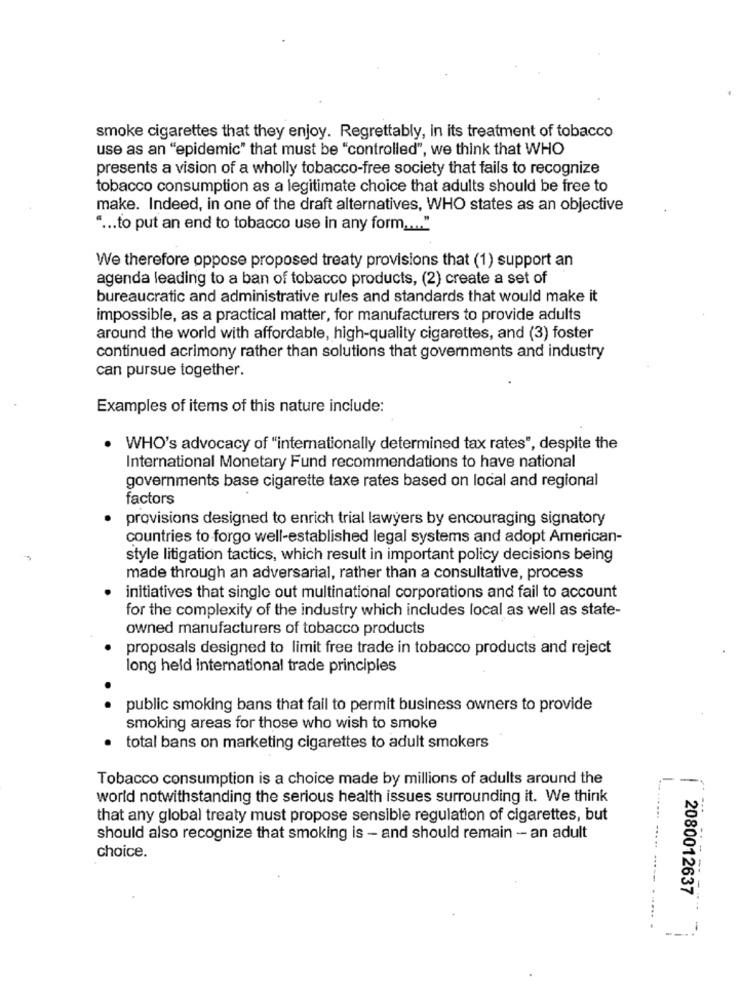
smoke cigarettes that they enjoy. Regrettably, in its treatment of tobacco
use as an "epidemic" that must be "controlled", we think that WHO
presents a vision of a wholly tobacco-free society that fails to recognize
tobacco consumption as a legitimate choice that adults should be free to
make. Indeed, in one of the draft alternatives, WHO states as an objective
" ... to put an end to tobacco use in any form ... "
We therefore oppose proposed treaty provisions that (1) support an
agenda leading to a ban of tobacco products, (2) create a set of
bureaucratic and administrative rules and standards that would make it
impossible, as a practical matter, for manufacturers to provide adults
around the world with affordable, high-quality cigarettes, and (3) foster
continued acrimony rather than solutions that governments and industry
can pursue together.
Examples of items of this nature include:
. WHO's advocacy of "internationally determined tax rates", despite the
International Monetary Fund recommendations to have national
governments base cigarette taxe rates based on local and regional
factors
provisions designed to enrich trial lawyers by encouraging signatory
countries to forgo well-established legal systems and adopt American-
style litigation tactics, which result in important policy decisions being
made through an adversarial, rather than a consultative, process
initiatives that single out multinational corporations and fail to account
for the complexity of the industry which includes local as well as state-
owned manufacturers of tobacco products
proposals designed to limit free trade in tobacco products and reject
long held international trade principles
public smoking bans that fail to permit business owners to provide
smoking areas for those who wish to smoke
total bans on marketing cigarettes to adult smokers
Tobacco consumption is a choice made by millions of adults around the
world notwithstanding the serious health issues surrounding it. We think
that any global treaty must propose sensible regulation of cigarettes, but
should also recognize that smoking is - and should remain - an adult
.... .....
choice.
2080012637